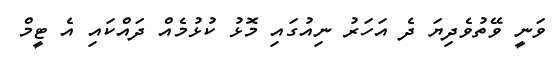
ވަނީ ވޭތުވެދިޔަ ދެ އަހަރު ނިއުގައި މޮޅު ކުޅުމެއް ދައްކައި އެ ޓީމް